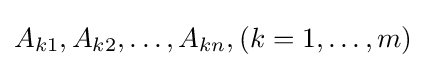
A_{k1},A_{k2},\dots ,A_{kn},(k=1,\dots ,m)